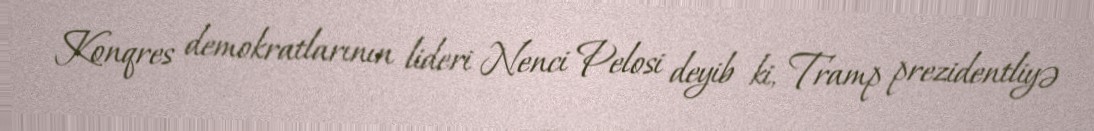
Konqres demokratlarının lideri Nenci Pelosi deyib ki, Tramp prezidentliyə